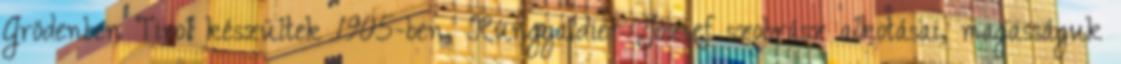
Grödenben Tirol készültek 1905-ben, Runggaldier József szobrász alkotásai, magasságuk